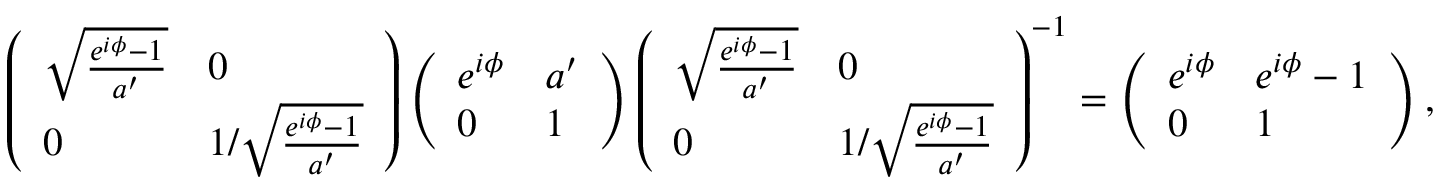
\left( \begin{array} { l l } { \sqrt { \frac { e ^ { i \phi } - 1 } { a ^ { \prime } } } } & { 0 } \\ { 0 } & { 1 / \sqrt { \frac { e ^ { i \phi } - 1 } { a ^ { \prime } } } } \end{array} \right) \left( \begin{array} { l l } { e ^ { i \phi } } & { a ^ { \prime } } \\ { 0 } & { 1 } \end{array} \right) \left( \begin{array} { l l } { \sqrt { \frac { e ^ { i \phi } - 1 } { a ^ { \prime } } } } & { 0 } \\ { 0 } & { 1 / \sqrt { \frac { e ^ { i \phi } - 1 } { a ^ { \prime } } } } \end{array} \right) ^ { - 1 } = \left( \begin{array} { l l } { e ^ { i \phi } } & { e ^ { i \phi } - 1 } \\ { 0 } & { 1 } \end{array} \right) ,